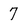
Character: 7